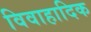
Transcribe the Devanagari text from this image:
विवाहादिक